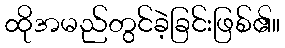
ထိုအမည်တွင်ခဲ့ခြင်းဖြစ်၏။